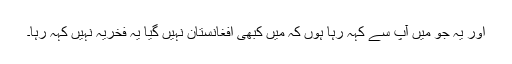
اور یہ جو میں آپ سے کہہ رہا ہوں کہ میں کبھی افغانستان نہیں گیا یہ فخریہ نہیں کہہ رہا۔